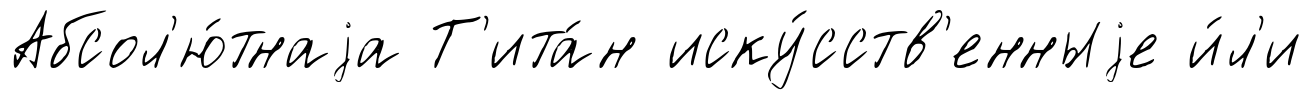
Абсол'ю́тнаjа Т'ита́н иску́сств'енныjе и́л'и